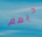
حبهم